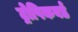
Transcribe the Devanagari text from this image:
ट्रोपिकबर्ड